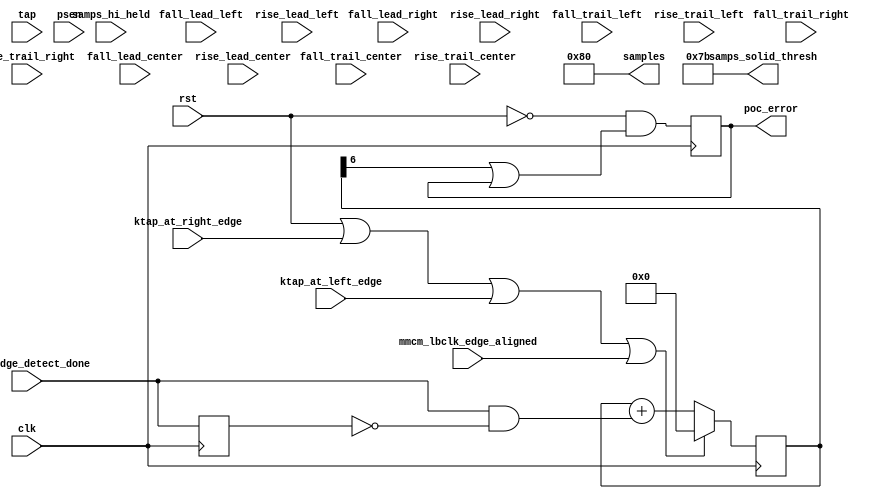
module mig_7series_v2_3_poc_cc #
  (parameter TCQ                        = 100,
   parameter CCENABLE                   = 0,
   parameter PCT_SAMPS_SOLID            = 95,
   parameter SAMPCNTRWIDTH              = 8,
   parameter SAMPLES                    = 128,
   parameter TAPCNTRWIDTH               = 7)
  (/*AUTOARG*/
  // Outputs
  samples, samps_solid_thresh, poc_error,
  // Inputs
  tap, samps_hi_held, psen, clk, rst, ktap_at_right_edge,
  ktap_at_left_edge, mmcm_lbclk_edge_aligned, mmcm_edge_detect_done,
  fall_lead_right, fall_trail_right, rise_lead_right,
  rise_trail_right, fall_lead_left, fall_trail_left, rise_lead_left,
  rise_trail_left, fall_lead_center, fall_trail_center,
  rise_lead_center, rise_trail_center
  );

  // Remember SAMPLES is whole number counting.  Zero corresponds to one sample.
  localparam integer SAMPS_SOLID_THRESH = (SAMPLES+1) * PCT_SAMPS_SOLID * 0.01;

  output [SAMPCNTRWIDTH:0] samples, samps_solid_thresh;
  input [TAPCNTRWIDTH-1:0] tap;
  input [SAMPCNTRWIDTH:0] samps_hi_held;
  input psen;

  input clk, rst;
  input ktap_at_right_edge, ktap_at_left_edge;

  input mmcm_lbclk_edge_aligned;
  wire reset_aligned_cnt = rst || ktap_at_right_edge || ktap_at_left_edge || mmcm_lbclk_edge_aligned;
  
  input mmcm_edge_detect_done;
  reg mmcm_edge_detect_done_r;
  always @(posedge clk) mmcm_edge_detect_done_r <= #TCQ mmcm_edge_detect_done;
  wire done = mmcm_edge_detect_done && ~mmcm_edge_detect_done_r;
  
  
  reg [6:0] aligned_cnt_r;
  wire [6:0] aligned_cnt_ns = reset_aligned_cnt ? 7'b0 : aligned_cnt_r + {6'b0, done};
  always @(posedge clk) aligned_cnt_r <= #TCQ aligned_cnt_ns;

  reg poc_error_r;
  wire poc_error_ns = ~rst && (aligned_cnt_r[6] || poc_error_r);
  always @(posedge clk) poc_error_r <= #TCQ poc_error_ns;
  output poc_error;
  assign poc_error = poc_error_r;
  
  input [TAPCNTRWIDTH-1:0] fall_lead_right, fall_trail_right, rise_lead_right, rise_trail_right;
  input [TAPCNTRWIDTH-1:0] fall_lead_left, fall_trail_left, rise_lead_left, rise_trail_left;
  input [TAPCNTRWIDTH-1:0] fall_lead_center, fall_trail_center, rise_lead_center, rise_trail_center;


  generate if (CCENABLE == 0) begin : no_characterization
    assign samples = SAMPLES[SAMPCNTRWIDTH:0];
    assign samps_solid_thresh = SAMPS_SOLID_THRESH[SAMPCNTRWIDTH:0];
  end else begin : characterization
  end endgenerate

endmodule